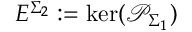
E ^ { \Sigma _ { 2 } } : = \mathrm { k e r } ( \mathcal { P } _ { \Sigma _ { 1 } } )